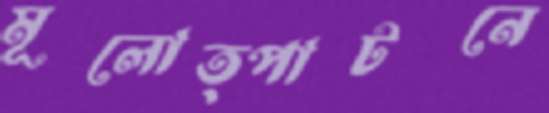
মূলোত্পাটনে